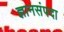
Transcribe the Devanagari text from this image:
ज्ञानसंपदा